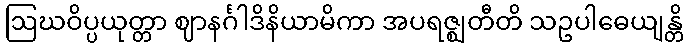
ဩဃဝိပ္ပယုတ္တာ ဈာနင်္ဂါဒိနိယာမိကာ အပရဇ္ဈတီတိ သဥပါဓေယျန္တိ